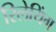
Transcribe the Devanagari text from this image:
रिलेयिंग